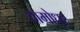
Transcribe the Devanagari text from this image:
दामोधर